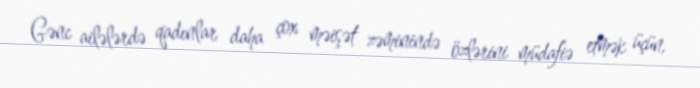
Gənc ailələrdə qadınlar daha çox məişət zəminində özlərini müdafiə etmək üçün,